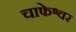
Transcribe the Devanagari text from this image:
चाफेश्वर